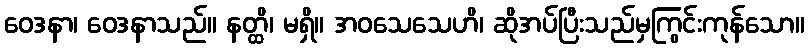
ဝေဒနာ၊ ဝေဒနာသည်။ နတ္ထိ၊ မရှိ။ အဝသေသေဟိ၊ ဆိုအပ်ပြီးသည်မှကြွင်းကုန်သော။